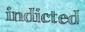
indicted